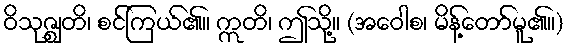
ဝိသုဇ္ဈတိ၊ စင်ကြယ်၏။ ဣတိ၊ ဤသို့။ (အဝေါစ၊ မိန့်တော်မူ၏။)